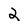
Character: 2